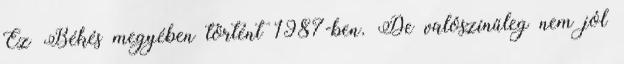
Ez Békés megyében történt 1987-ben. De valószínűleg nem jól